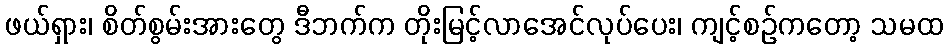
ဖယ်ရှား၊ စိတ်စွမ်းအားတွေ ဒီဘက်က တိုးမြင့်လာအေင်လုပ်ပေး၊ ကျင့်စဉ်ကတော့ သမထ